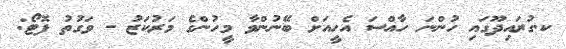
ކ.ގުރައިދޫގައި ހުންނަ ހާއްސަ އެހީއަށް ބޭނުންވާ މީހުންގެ މަރުކަޒު - ވަގުތު ފޮޓޯ: